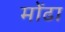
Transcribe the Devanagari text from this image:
मोंढा